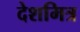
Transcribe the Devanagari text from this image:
देशमित्र